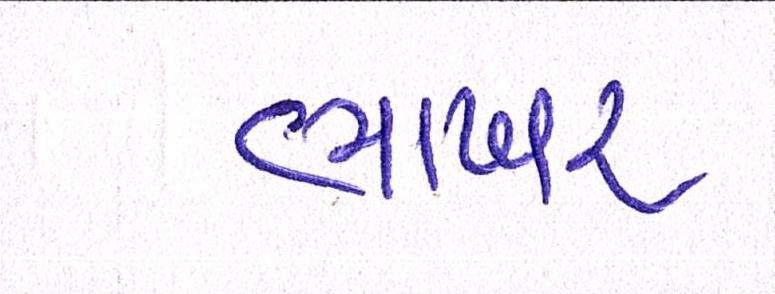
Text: ભાખર